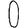
Digit: 0